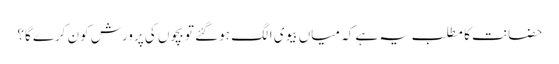
حضانت کا مطلب یہ ہے کہ میاں بیوی الگ ہوگئے تو بچوں کی پرورش کون کرے گا؟